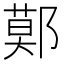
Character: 鄚